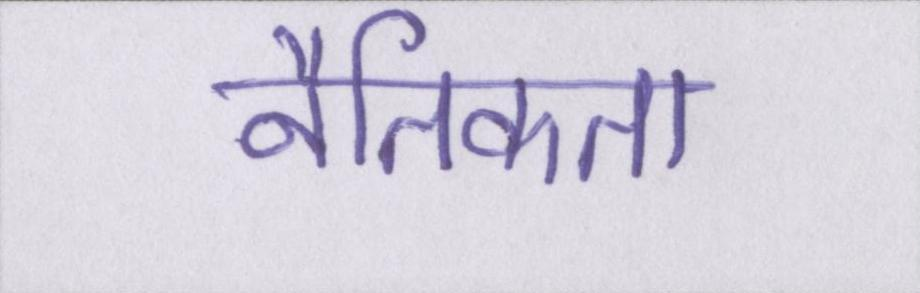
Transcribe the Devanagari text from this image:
नैतिकता